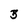
Character: 3